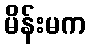
မိန်းမက